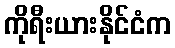
ကိုရီးယားနိုင်ငံက